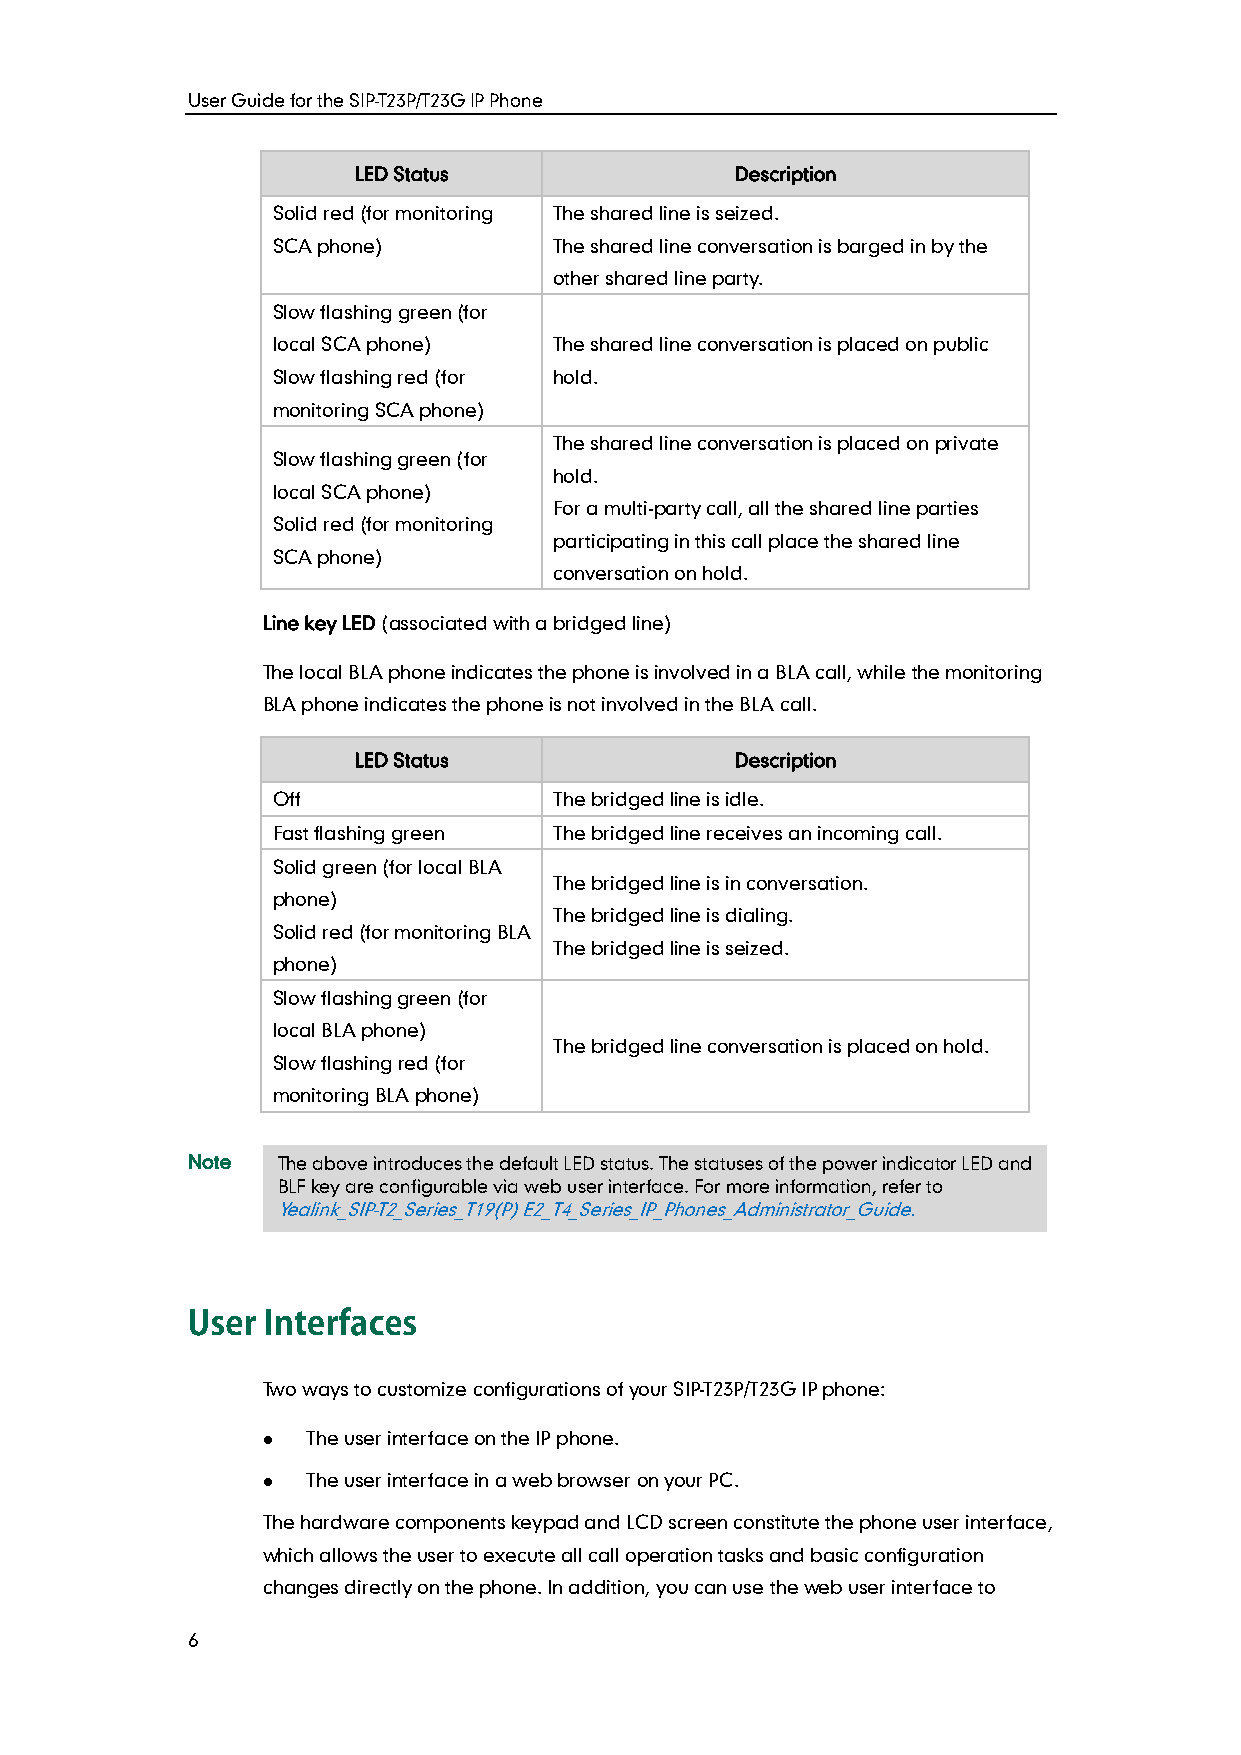
User Guide for the SIP-T23P/T23G IP Phone
 LED Status                Description
 Solid red (for monitoring The shared line is seized.
 SCA phone)         The shared line conversation is barged in by the
 other shared line party.
 Slow flashing green (for
 local SCA phone)   The shared line conversation is placed on public
 Slow flashing red (for hold.
 monitoring SCA phone)
 The shared line conversation is placed on private
 Slow flashing green (for
 hold.
 local SCA phone)
 For a multi-party call, all the shared line parties
 Solid red (for monitoring
 participating in this call place the shared line
 SCA phone)
 conversation on hold.
 Line key LED (associated with a bridged line)
 The local BLA phone indicates the phone is involved in a BLA call, while the monitoring
 BLA phone indicates the phone is not involved in the BLA call.
 LED Status                Description
 Off                The bridged line is idle.
 Fast flashing green The bridged line receives an incoming call.
 Solid green (for local BLA
 The bridged line is in conversation.
 phone)
 The bridged line is dialing.
 Solid red (for monitoring BLA
 The bridged line is seized.
 phone)
 Slow flashing green (for
 local BLA phone)
 The bridged line conversation is placed on hold.
 Slow flashing red (for
 monitoring BLA phone)
 Note  The above introduces the default LED status. The statuses of the power indicator LED and
 BLF key are configurable via web user interface. For more information, refer to
 Yealink_SIP-T2_Series_T19(P) E2_T4_Series_IP_Phones_Administrator_Guide.
 Two ways to customize configurations of your SIP-T23P/T23G IP phone:
   The user interface on the IP phone.
   The user interface in a web browser on your PC.
 The hardware components keypad and LCD screen constitute the phone user interface,
 which allows the user to execute all call operation tasks and basic configuration
 changes directly on the phone. In addition, you can use the web user interface to
 6